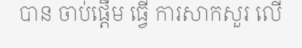
បាន ចាប់ផ្តើម ធ្វើ ការសាកសួរ លើ